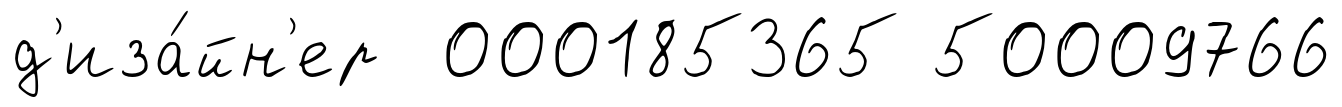
д'иза́йн'ер 000185365 50009766